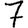
Digit: 7